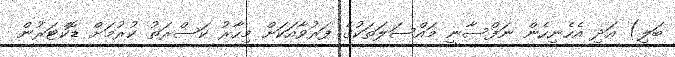
ބަލި) އަދި އެހެނިހެން ނަފްސާނީ މައްސަލަތަކުގެ ފަރުވާއަކަށް މިހާރު ކަސްރަތު ކުރުމަށް ޑޮކްޓަރުން